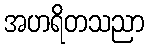
အဟရိတသညာ